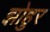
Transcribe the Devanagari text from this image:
झोहुर